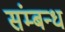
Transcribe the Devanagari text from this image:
संम्बन्ध